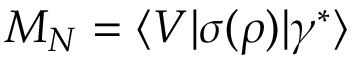
M _ { N } = \langle V | \sigma ( \rho ) | \gamma ^ { * } \rangle